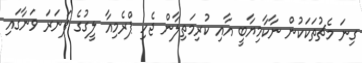
ގިނަ މެޗުތަކަކުން ނާކާމިޔާބީ އާއި ކުރިމަތިލާން ޖެހި ޕްރެމިއާ ލީގުގެ ފަނަރަ ވަނާގައި